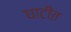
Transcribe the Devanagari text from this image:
घाटीत